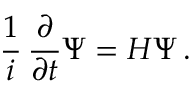
{ \frac { 1 } { i } } \, { \frac { \partial } { \partial t } } \Psi = H \Psi \, .